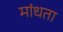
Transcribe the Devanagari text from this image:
मांधता